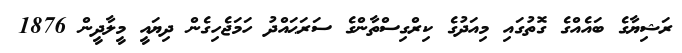
ރަޝިޔާގެ ބައެއްގެ ގޮތުގައި މިއަދުގެ ކިރްގިސްތާންގެ ސަރަޙައްދު ހަމަޖެހިގެން ދިޔައީ މީލާދީން 1876